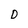
Character: D